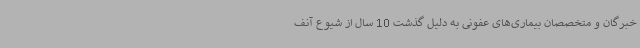
خبرگان و متخصصان بیماری‌های عفونی به دلیل گذشت 10 سال از شیوع آنف